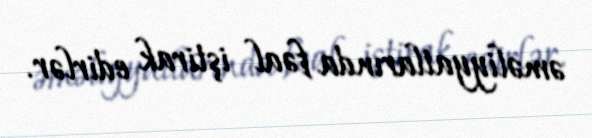
əməliyyatlarında fəal iştirak edirlər.